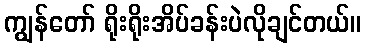
ကျွန်တော် ရိုးရိုးအိပ်ခန်းပဲလိုချင်တယ်။